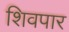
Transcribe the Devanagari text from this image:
शिवपार